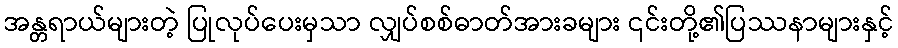
အန္တရာယ်များတဲ့ ပြုလုပ်ပေးမှသာ လျှပ်စစ်ဓာတ်အားခများ ၎င်းတို့၏ပြဿနာများနှင့်